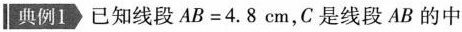
典例1已知线段AB=4.8cm，C是线段AB的中